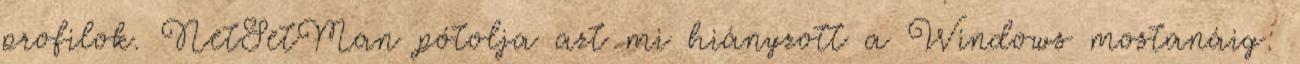
profilok. NetSetMan pótolja azt mi hiányzott a Windows mostanáig: